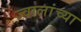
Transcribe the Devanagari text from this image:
ज्वालांच्या